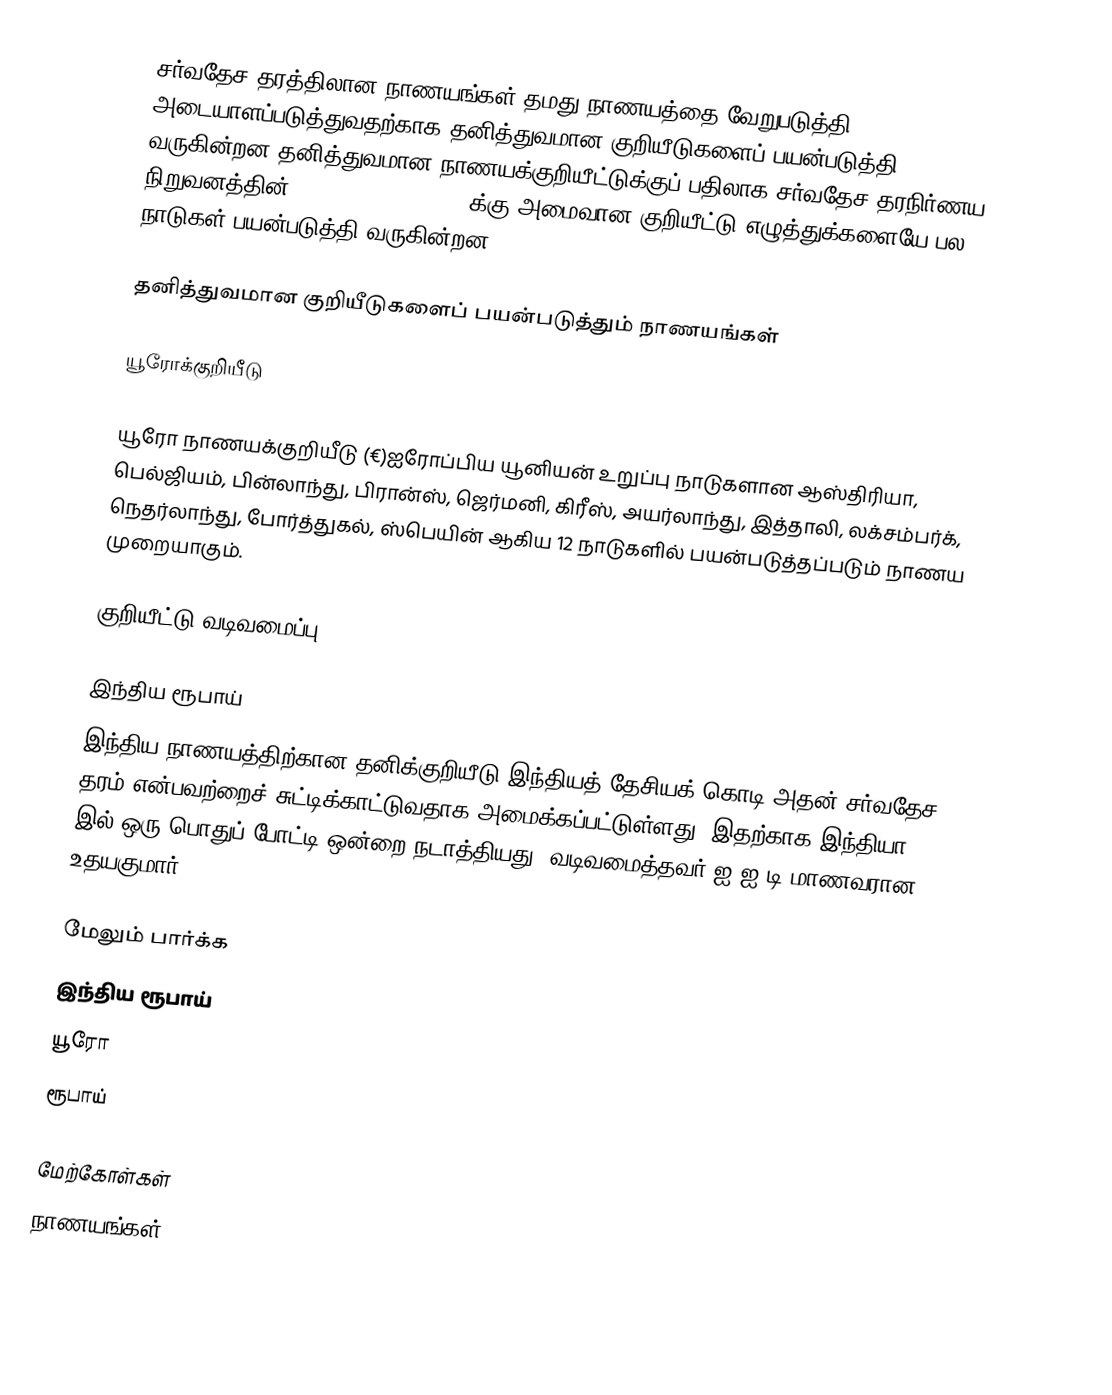
சர்வதேச தரத்திலான நாணயங்கள் தமது நாணயத்தை வேறுபடுத்தி அடையாளப்படுத்துவதற்காக தனித்துவமான குறியீடுகளைப் பயன்படுத்தி வருகின்றன.தனித்துவமான நாணயக்குறியீட்டுக்குப் பதிலாக சர்வதேச தரநிர்ணய நிறுவனத்தின் 1747 (:en:ISO 1747) க்கு அமைவான குறியீட்டு எழுத்துக்களையே பல நாடுகள் பயன்படுத்தி வருகின்றன.

தனித்துவமான குறியீடுகளைப் பயன்படுத்தும் நாணயங்கள்

யூரோக்குறியீடு

யூரோ நாணயக்குறியீடு (€)ஐரோப்பிய யூனியன் உறுப்பு நாடுகளான ஆஸ்திரியா, பெல்ஜியம், பின்லாந்து, பிரான்ஸ், ஜெர்மனி, கிரீஸ், அயர்லாந்து, இத்தாலி, லக்சம்பர்க், நெதர்லாந்து, போர்த்துகல், ஸ்பெயின் ஆகிய 12 நாடுகளில் பயன்படுத்தப்படும் நாணய முறையாகும்.

குறியீட்டு வடிவமைப்பு

இந்திய ரூபாய்
இந்திய நாணயத்திற்கான தனிக்குறியீடு இந்தியத் தேசியக் கொடி அதன் சர்வதேச தரம் என்பவற்றைச் சுட்டிக்காட்டுவதாக அமைக்கப்பட்டுள்ளது. இதற்காக இந்தியா 2009 இல் ஒரு பொதுப் போட்டி ஒன்றை நடாத்தியது. வடிவமைத்தவர் ஐ.ஐ.டி மாணவரான உதயகுமார்.

மேலும் பார்க்க
 இந்திய ரூபாய்
 யூரோ
 ரூபாய்

மேற்கோள்கள்
நாணயங்கள்